Newspaper: The evening telegraph. [volume]
Place of publication: Philadelphia [Pa.]
Publisher: J. Barclay Harding
Date: 1870-06-20 00:00:00
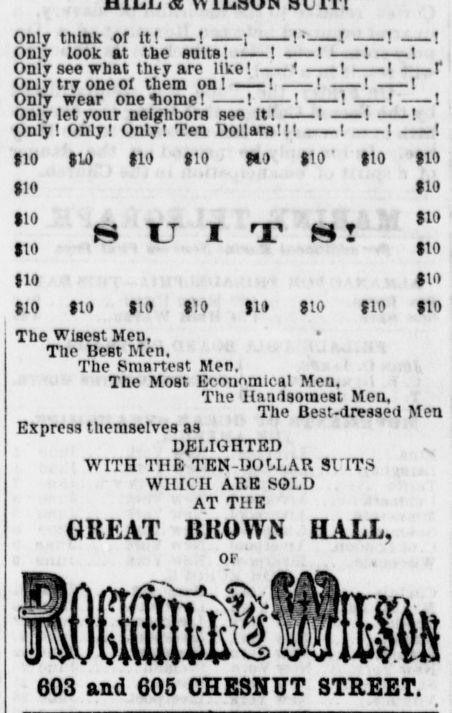
Advertisement text (OCR):
Only think of It! ! 1 Is ! i r''r' T! T ! Onlv look at the BUlta! ! 1 1 Only see wnat thtyare like! 1 t 1 f Only try oneof them onl I 1 ! 1 Only wear onelionie! 1 ! 1 ! ! Only let tout neighbors see it! ! ! ! Only! Only! Only! Ten Dollars!!! ! 1 ! 10 U) 110 HO H) $10 ' flO 110 HO 10 tio 110 10 10 10 10 HO 10 to (to tio HJ $:o $io Tbe wisest Men, The Best Men. The Kninrtest Men. The Most Economical Men, The Handsomest Men, The Best-dressed Men Express themselves as DELIGHTED v WITH THE TEN-DOLLAR SUITS WHICH ARE SOLD AT THE GREAT BUOWN HALL, 603 and 605 CHESNUT STREET. OF
Label: text-only